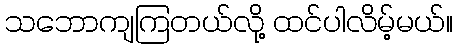
သဘောကျကြတယ်လို့ ထင်ပါလိမ့်မယ်။